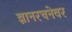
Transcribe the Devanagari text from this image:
ज्ञानरचनेवर